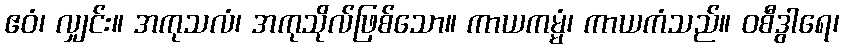
ဧဝံ၊ လျှင်း။ အကုသလံ၊ အကုသိုလ်ဖြစ်သော။ ကာယကမ္မံ၊ ကာယကံသည်။ ဝစီဒွါရေ၊